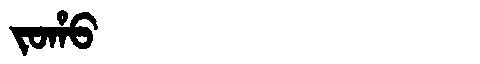
Manchu: ᠵᠣᡥᠣ
Romanization: JOHO